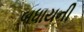
બધાયની